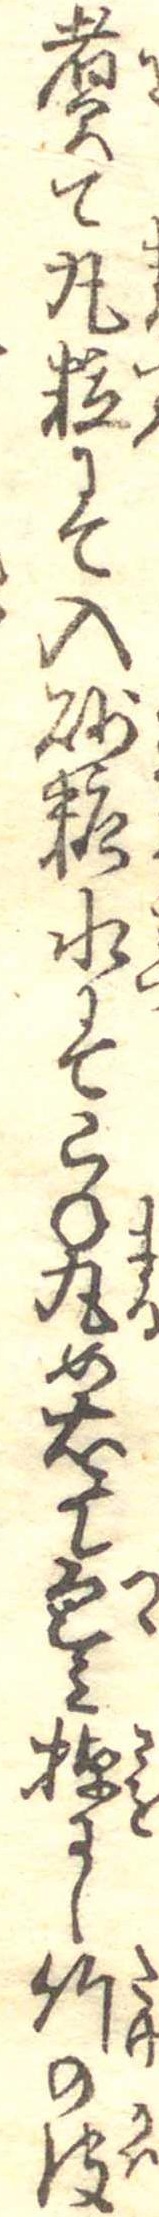
煮て丸粒にて入砂糖水にてこね丸め右にて包み棹にし竹の皮